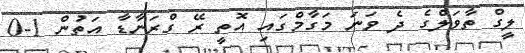
ލީގް ތާވަލްގެ ދެ ވަނަ މަގާމްގައި އޮތީ ރޭ ގްރަނާޑާ އަތުން 1-0